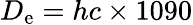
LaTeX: D_{\mathrm{e}}=hc\times 1090